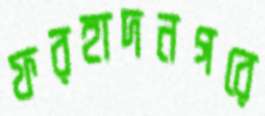
ফরহাদনগরে